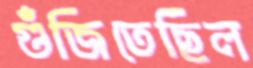
গুঁজিতেছিল